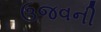
ઉજવની